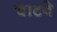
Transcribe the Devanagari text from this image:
चाटवे